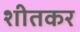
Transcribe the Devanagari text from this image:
शीतकर